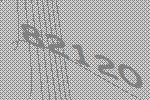
82120